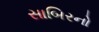
સાબિરનો